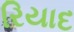
રિયાદ